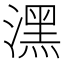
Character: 潶